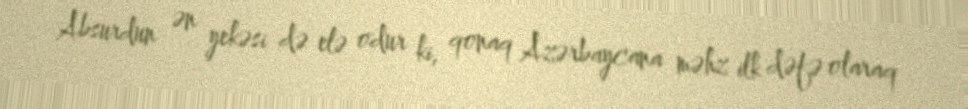
Absurdun ən yekəsi də elə odur ki, qonaq Azərbaycana məhz ilk dəfə olaraq